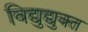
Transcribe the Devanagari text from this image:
विद्युद्युक्त